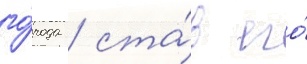
го́рода / ста́в его́